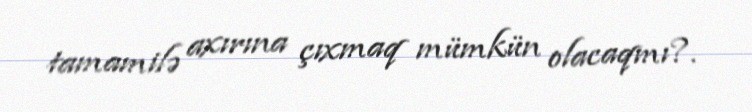
tamamilə axırına çıxmaq mümkün olacaqmı?.